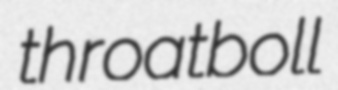
throatboll